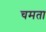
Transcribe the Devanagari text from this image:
चमता